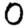
Digit: 0